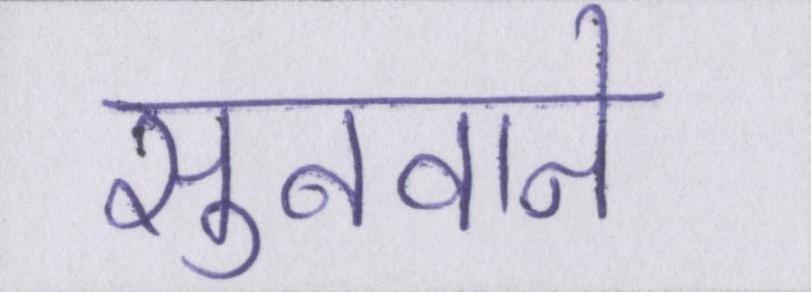
सुनवाने